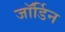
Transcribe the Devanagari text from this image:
जॉर्डिन